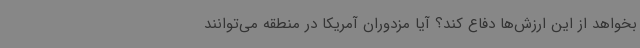
بخواهد از این ارزش‌ها دفاع کند؟ آیا مزدوران آمریکا در منطقه می‌توانند